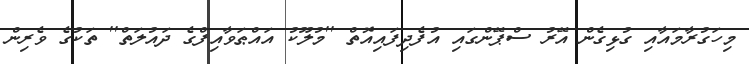
މިހަގުރާމައާއި ގުޅިގެން އޭރު ސްޕޭންގައި އުފެދިފައިއޮތް ''މުލޫކު އައްޠަވާއިފްގެ ދައުލަތް'' ތަކުގެ ވެރިން